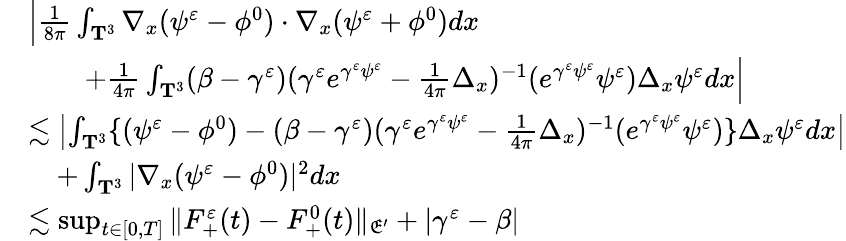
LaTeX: \begin{array}{rl}&{\Big|\frac{1}{8\pi}\int_{\mathbf T^{3}}\nabla_{x}(\psi^{\varepsilon}-\phi^{0})\cdot\nabla_{x}(\psi^{\varepsilon}+\phi^{0})dx}\\ &{\quad\quad+\frac{1}{4\pi}\int_{\mathbf T^{3}}(\beta-\gamma^{\varepsilon})(\gamma^{\varepsilon}e^{\gamma^{\varepsilon}\psi^{\varepsilon}}-\frac{1}{4\pi}\Delta_{x})^{-1}(e^{\gamma^{\varepsilon}\psi^{\varepsilon}}\psi^{\varepsilon})\Delta_{x}\psi^{\varepsilon}dx\Big|}\\ &{\lesssim\left|\int_{\mathbf T^{3}}\{ (\psi^{\varepsilon}-\phi^{0})-(\beta-\gamma^{\varepsilon})(\gamma^{\varepsilon}e^{\gamma^{\varepsilon}\psi^{\varepsilon}}-\frac{1}{4\pi}\Delta_{x})^{-1}(e^{\gamma^{\varepsilon}\psi^{\varepsilon}}\psi^{\varepsilon})\} \Delta_{x}\psi^{\varepsilon}dx\right|}\\ &{\quad+\int_{\mathbf T^{3}}|\nabla_{x}(\psi^{\varepsilon}-\phi^{0})|^{2}dx}\\ &{\lesssim\operatorname*{sup}_{t\in[0,T]}\| F_{+}^{\varepsilon}(t)-F_{+}^{0}(t)\| _{\mathfrak E^{\prime}}+|\gamma^{\varepsilon}-\beta|}\end{array}